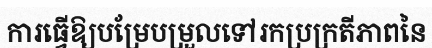
ការធ្វើឱ្យបម្រែបម្រួលទៅរកប្រក្រតីភាពនៃ